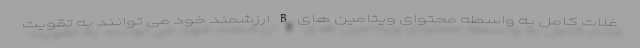
غلات کامل به واسطه محتوای ویتامین های B ارزشمند خود می توانند به تقویت